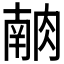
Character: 𰮶